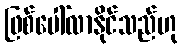
ဖြစ်ပေါ်လာနိုင်သည်ဟု